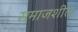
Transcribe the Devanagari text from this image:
समाजशील